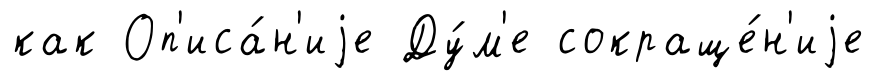
как Оп'иса́н'иjе Ду́м'е сокраще́н'иjе